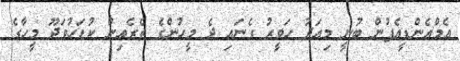
އެމްއެންޑީއެފުން ބުނީ މިއަދު ހަވީރު ގެނައި ދެ މީހުންގެ ތެރެއިން ކުޑަހުވަދޫ މީހާގެ